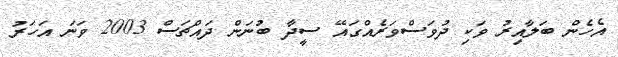
އެހެން ބަލާއިރު ވަކި ދުވަސްވަރެއްގައޭ ސީދާ ބުނަން ދައްޗަސް 2003 ވަނަ އަހަރު